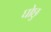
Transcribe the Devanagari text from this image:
घोछु